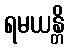
ရမယန္တိ